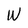
Character: W